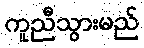
ကူညီသွားမည်